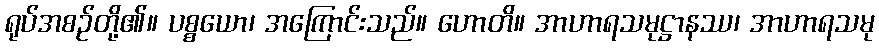
ရုပ်အစဉ်တို့၏။ ပစ္စယော၊ အကြောင်းသည်။ ဟောတိ။ အာဟာရသမုဋ္ဌာနဿ၊ အာဟာရသမု